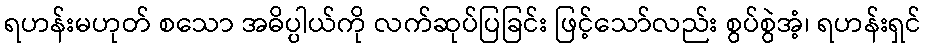
ရဟန်းမဟုတ် စသော အဓိပ္ပါယ်ကို လက်ဆုပ်ပြခြင်း ဖြင့်သော်လည်း စွပ်စွဲအံ့၊ ရဟန်းရှင်